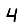
Digit: 4